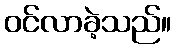
ဝင်လာခဲ့သည်။